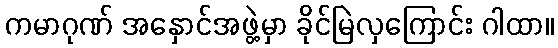
ကမာဂုဏ် အနှောင်အဖွဲ့မှာ ခိုင်မြဲလှကြောင်း ဂါထာ။